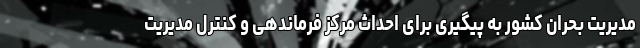
مدیریت بحران کشور به پیگیری برای احداث مرکز فرماندهی و کنترل مدیریت